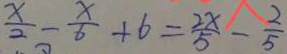
\frac { x } { 2 } - \frac { x } { 6 } + 6 = \frac { 2 x } { 5 } - \frac { 2 } { 5 }